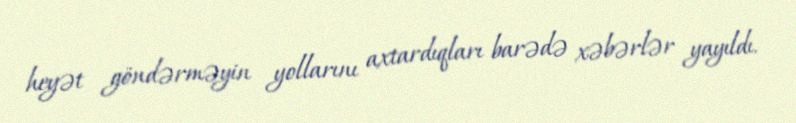
heyət göndərməyin yollarını axtardıqları barədə xəbərlər yayıldı.